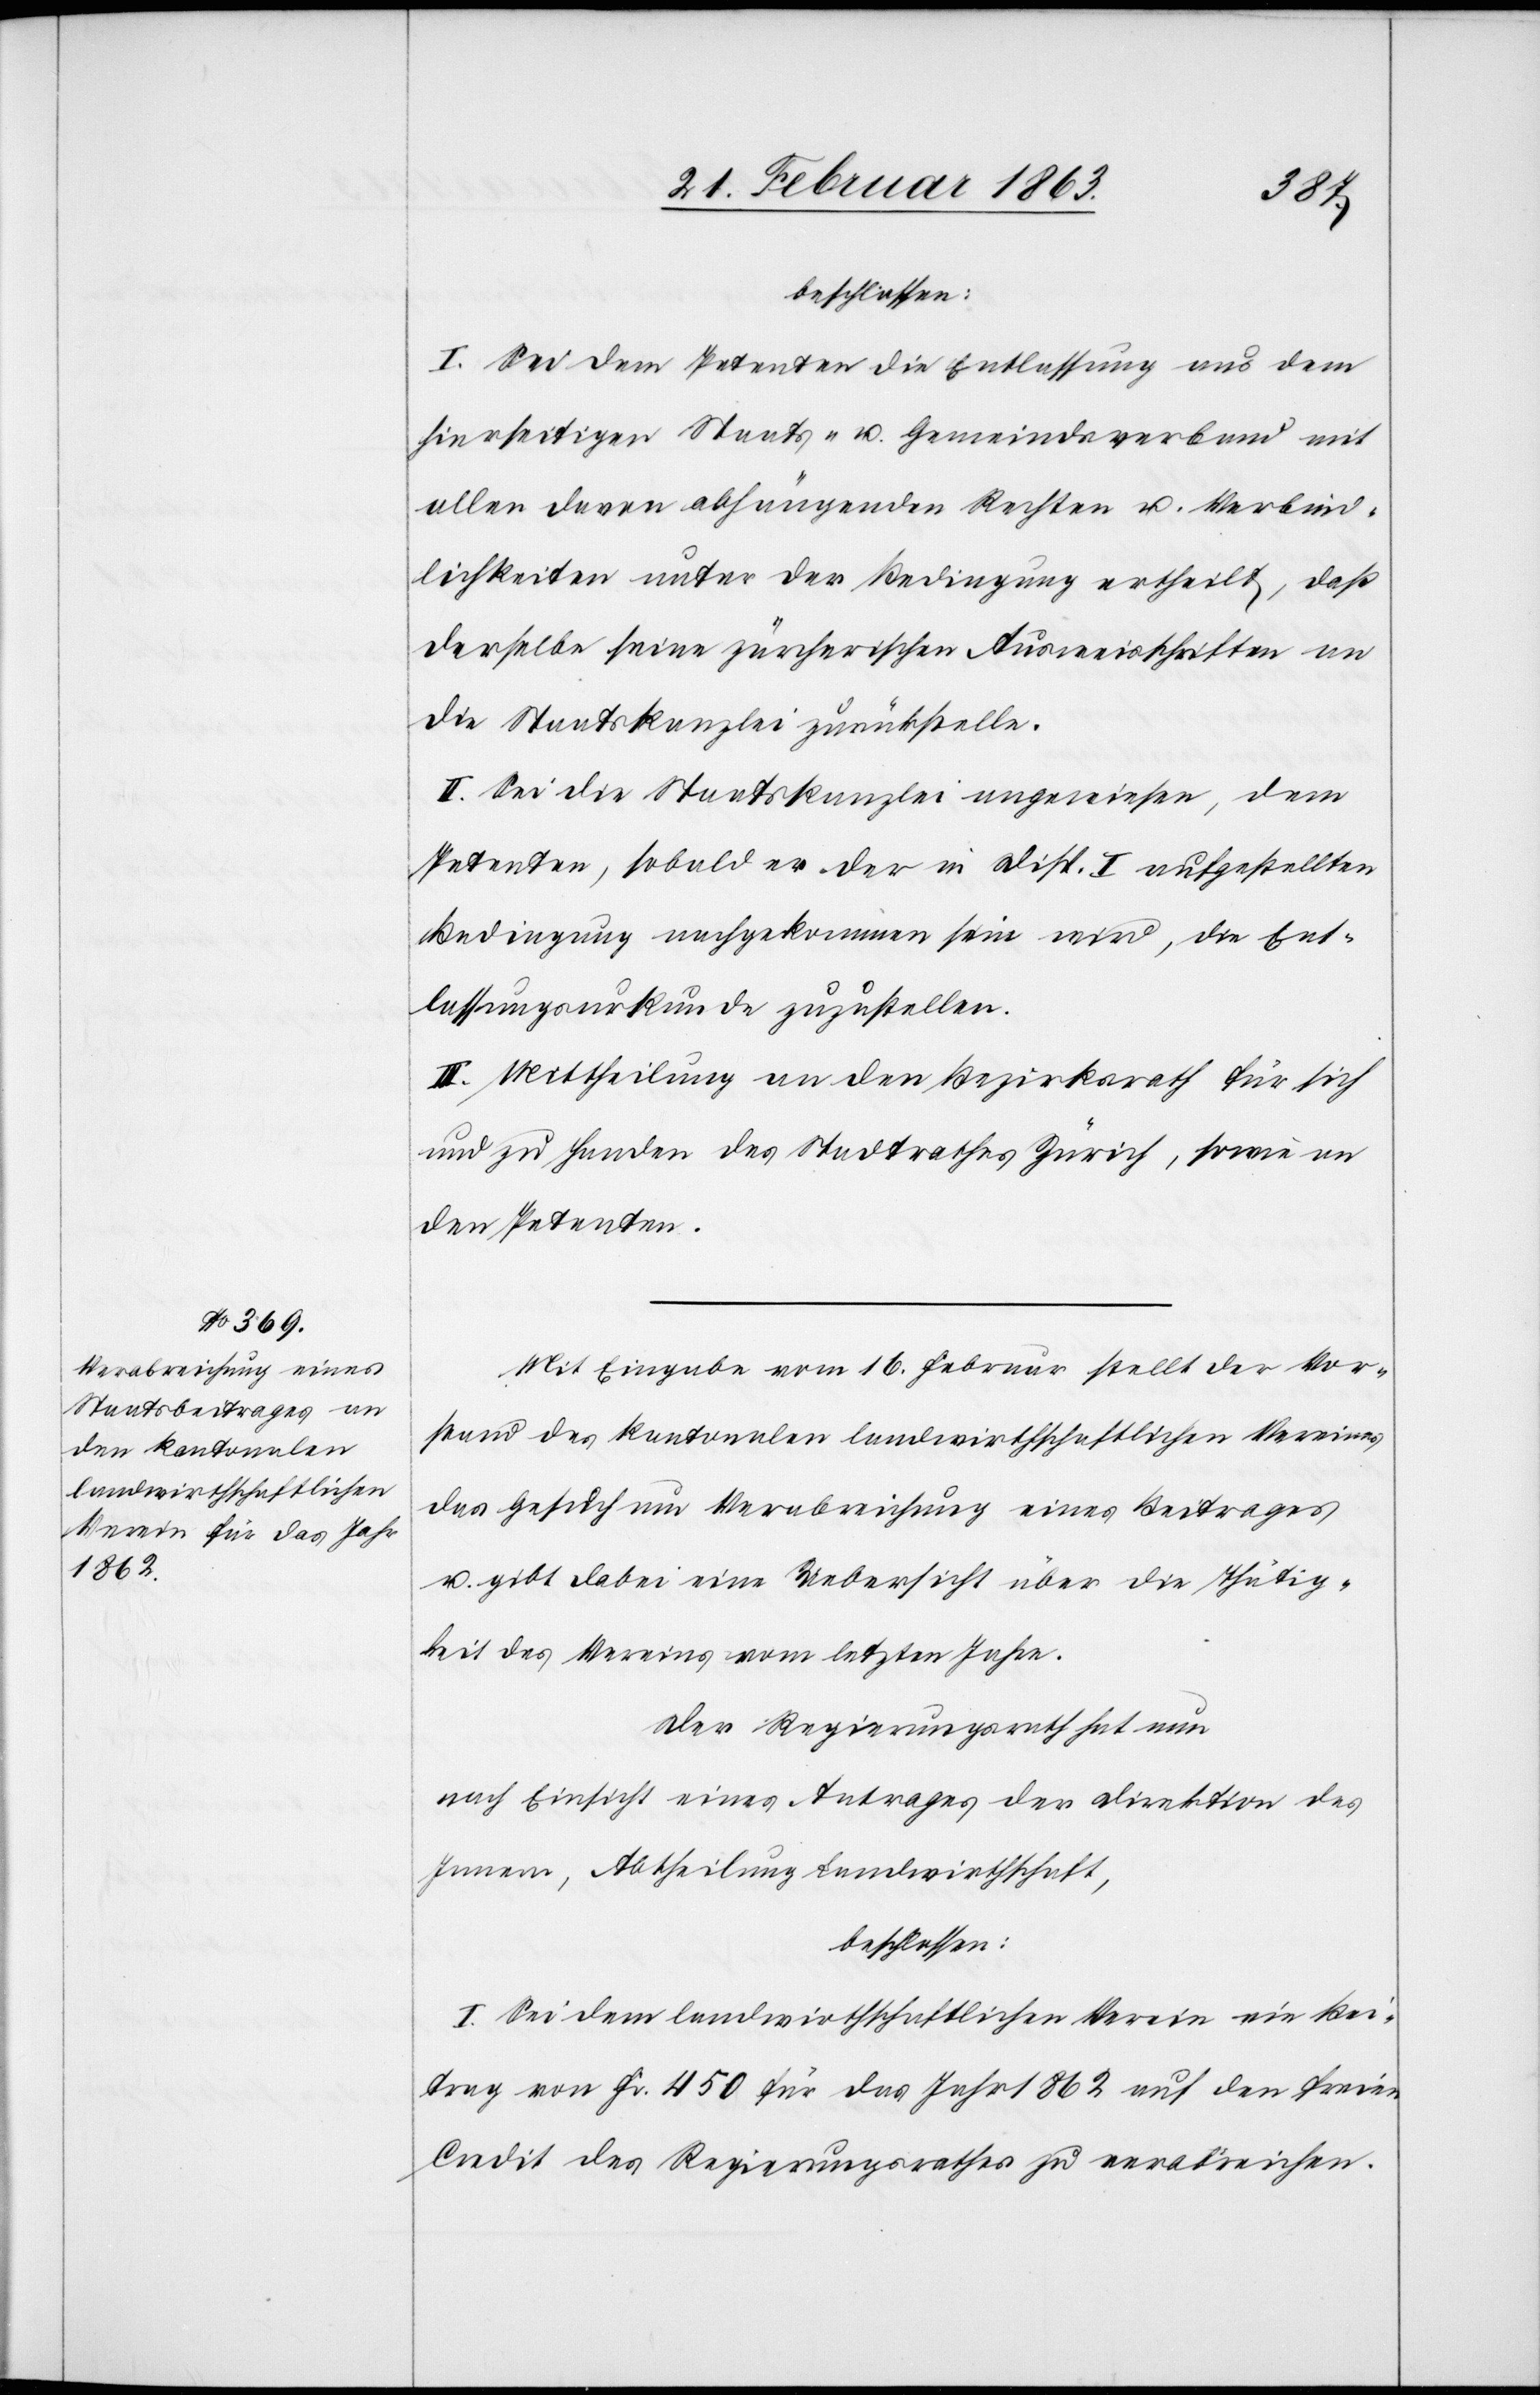
beschlossen:
I. Sei dem Petenten die Entlassung aus dem
hierseitigen Staats- u. Gemeindsverband mit
allen davon abhängenden Rechten u. Verbind¬
lichkeiten unter der Bedingung ertheilt, daß
derselbe seine zürcherischen Ausweisschriften an
die Staatskanzlei zurückstelle.
II. Sei die Staatskanzlei angewiesen, dem
Petenten, sobald er der in Disp. I aufgestellten
Bedingung nachgekommen sein wird, die Ent¬
lassungsurkunde zuzustellen.
III. Mittheilung an den Bezirksrath für sich
und zu Handen des Stadtrathes Zürich, sowie an
den Petenten.
Mit Eingabe vom 16. Februar stellt der Vor¬
stand des kantonalen landwirthschaftlichen Vereines
das Gesuch um Verabreichung eines Beitrages
u. gibt dabei eine Uebersicht über die Thätig¬
keit des Vereins vom letzten Jahre.
Der Regierungsrath hat nun
nach Einsicht eines Antrages der Direktion des
Innern, Abtheilung Landwirthschaft,
beschlossen:
I. Sei dem landwirthschaftlichen Verein ein Bei¬
trag von Fr. 450 für das Jahr 1862 auf den freien
Credit des Regierungsrathes zu verabreichen.